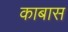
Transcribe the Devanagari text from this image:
काबास